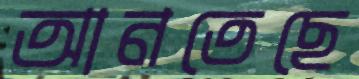
আনতেছে